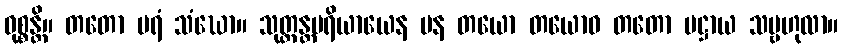
ဝုစ္စန္တိ။ တတော ပရံ သံဃော။ သုတ္တန္တပရိယာယေန ပန တယော တယောဝ တတော ပဋ္ဌာယ သမ္ဗဟုလာ။